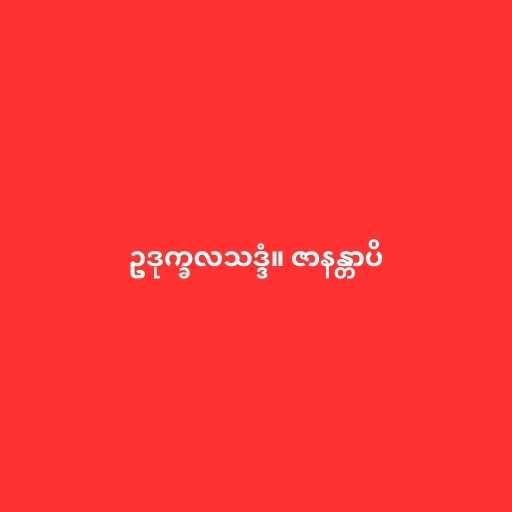
ဥဒုက္ခလသဒ္ဒံ။ ဇာနန္တာပိ